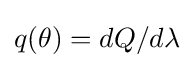
q(\theta )=dQ/d\lambda